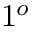
1 ^ { o }